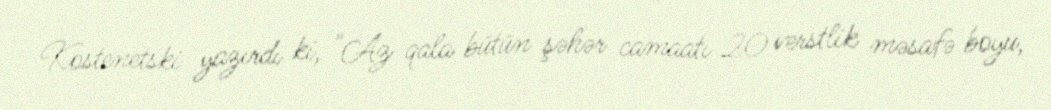
Kostenetski yazırdı ki, "Az qala bütün şəhər camaatı 20 verstlik məsafə boyu,